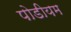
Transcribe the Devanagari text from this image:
पोडीयम